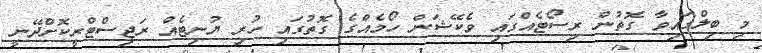
މި ބިލްގައިވާ ގޮތުން ރިސޯޓެއްގައި ވެކޭޝަން ހޯމެއްގެ ގޮތުގައި ހުރި ޔުނިޓެއް ރަޖިސްޓްރީކޮށްދޭނީ